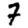
Digit: 7